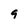
Character: 9